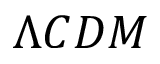
\Lambda C D M